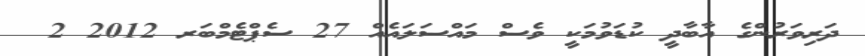
ދަރިވަރުންގެ އާބާދީ ކުޑަވުމަކީ ވެސް މައްސަލައެއް 27 ސެޕްޓެމްބަރ 2012 2